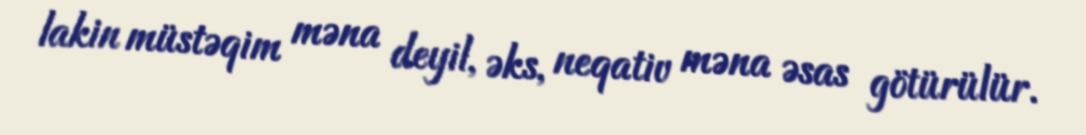
lakin müstəqim məna deyil, əks, neqativ məna əsas götürülür.